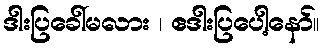
ဒါးပြခေါ်မလား ၊ ဧဒါးပြပေါ့နော်။